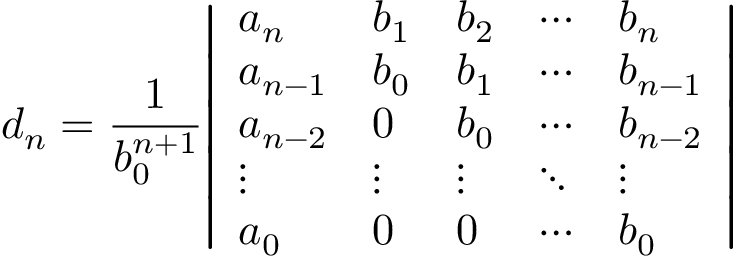
d _ { n } = { \frac { 1 } { b _ { 0 } ^ { n + 1 } } } { \left| \begin{array} { l l l l l } { a _ { n } } & { b _ { 1 } } & { b _ { 2 } } & { \cdots } & { b _ { n } } \\ { a _ { n - 1 } } & { b _ { 0 } } & { b _ { 1 } } & { \cdots } & { b _ { n - 1 } } \\ { a _ { n - 2 } } & { 0 } & { b _ { 0 } } & { \cdots } & { b _ { n - 2 } } \\ { \vdots } & { \vdots } & { \vdots } & { \ddots } & { \vdots } \\ { a _ { 0 } } & { 0 } & { 0 } & { \cdots } & { b _ { 0 } } \end{array} \right| }